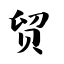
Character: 贸